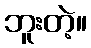
ဘူးတဲ့။